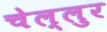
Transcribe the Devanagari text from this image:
चेल्लुर